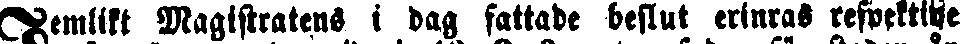
Jemlikt Magistratens i dag fattade beslut erinras respektive